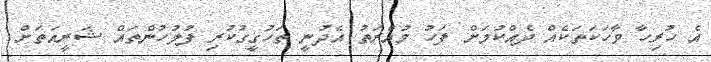
އެ ހުރިހާ ވާހަކަތަކެއް ދެއްކުމަށް ފަހު މުއްރަތު އެދުނީ ތަހުގީގުކުރި ފުލުހުންތައް ޝަރީއަތަށް